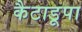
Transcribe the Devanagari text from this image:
कैटाडूपा